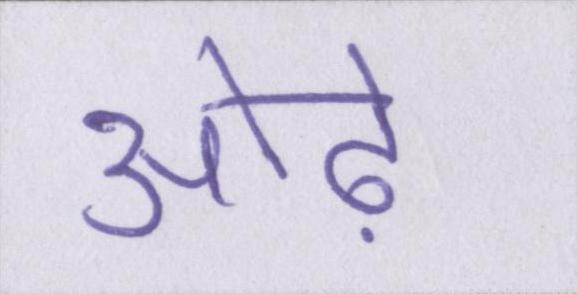
ओढ़ें